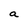
Character: a